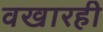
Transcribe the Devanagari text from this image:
वखारही